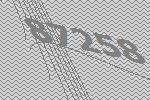
87258